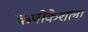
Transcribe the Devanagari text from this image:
ऋषीकेशला